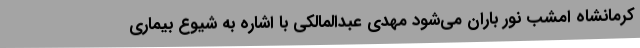
کرمانشاه امشب نور باران می‌شود مهدی عبدالمالکی با اشاره به شیوع بیماری